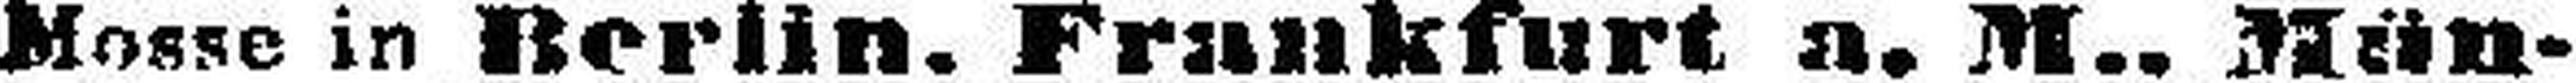
Mosse in Berlin. Frankfurt a. M.. Mün¬